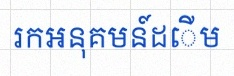
រកអនុគមន៍ដើម